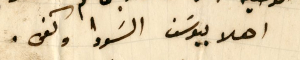
اهلا بيوسَف السَودا وكفى.